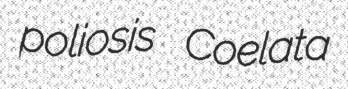
poliosis Coelata